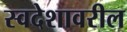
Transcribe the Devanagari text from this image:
स्वदेशावरील